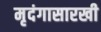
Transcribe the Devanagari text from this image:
मृदंगासारखी